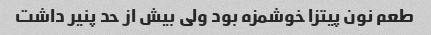
طعم نون پیتزا خوشمزه بود ولی بیش از حد پنیر داشت